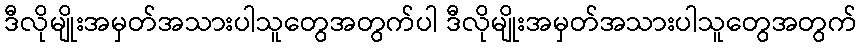
ဒီလိုမျိုးအမှတ်အသားပါသူတွေအတွက်ပါ ဒီလိုမျိုးအမှတ်အသားပါသူတွေအတွက်